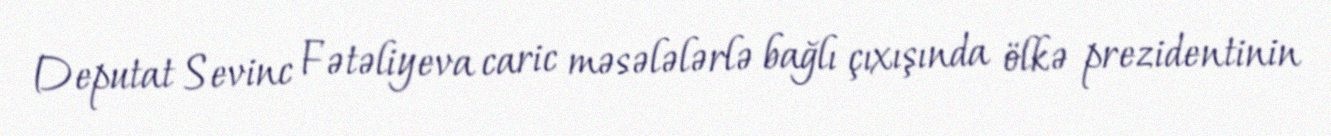
Deputat Sevinc Fətəliyeva caric məsələlərlə bağlı çıxışında ölkə prezidentinin